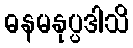
ဓနမနုပ္ပဒါသိ